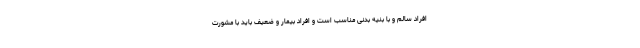
افراد سالم و با بنیه بدنی مناسب است و افراد بیمار و ضعیف باید با مشورت